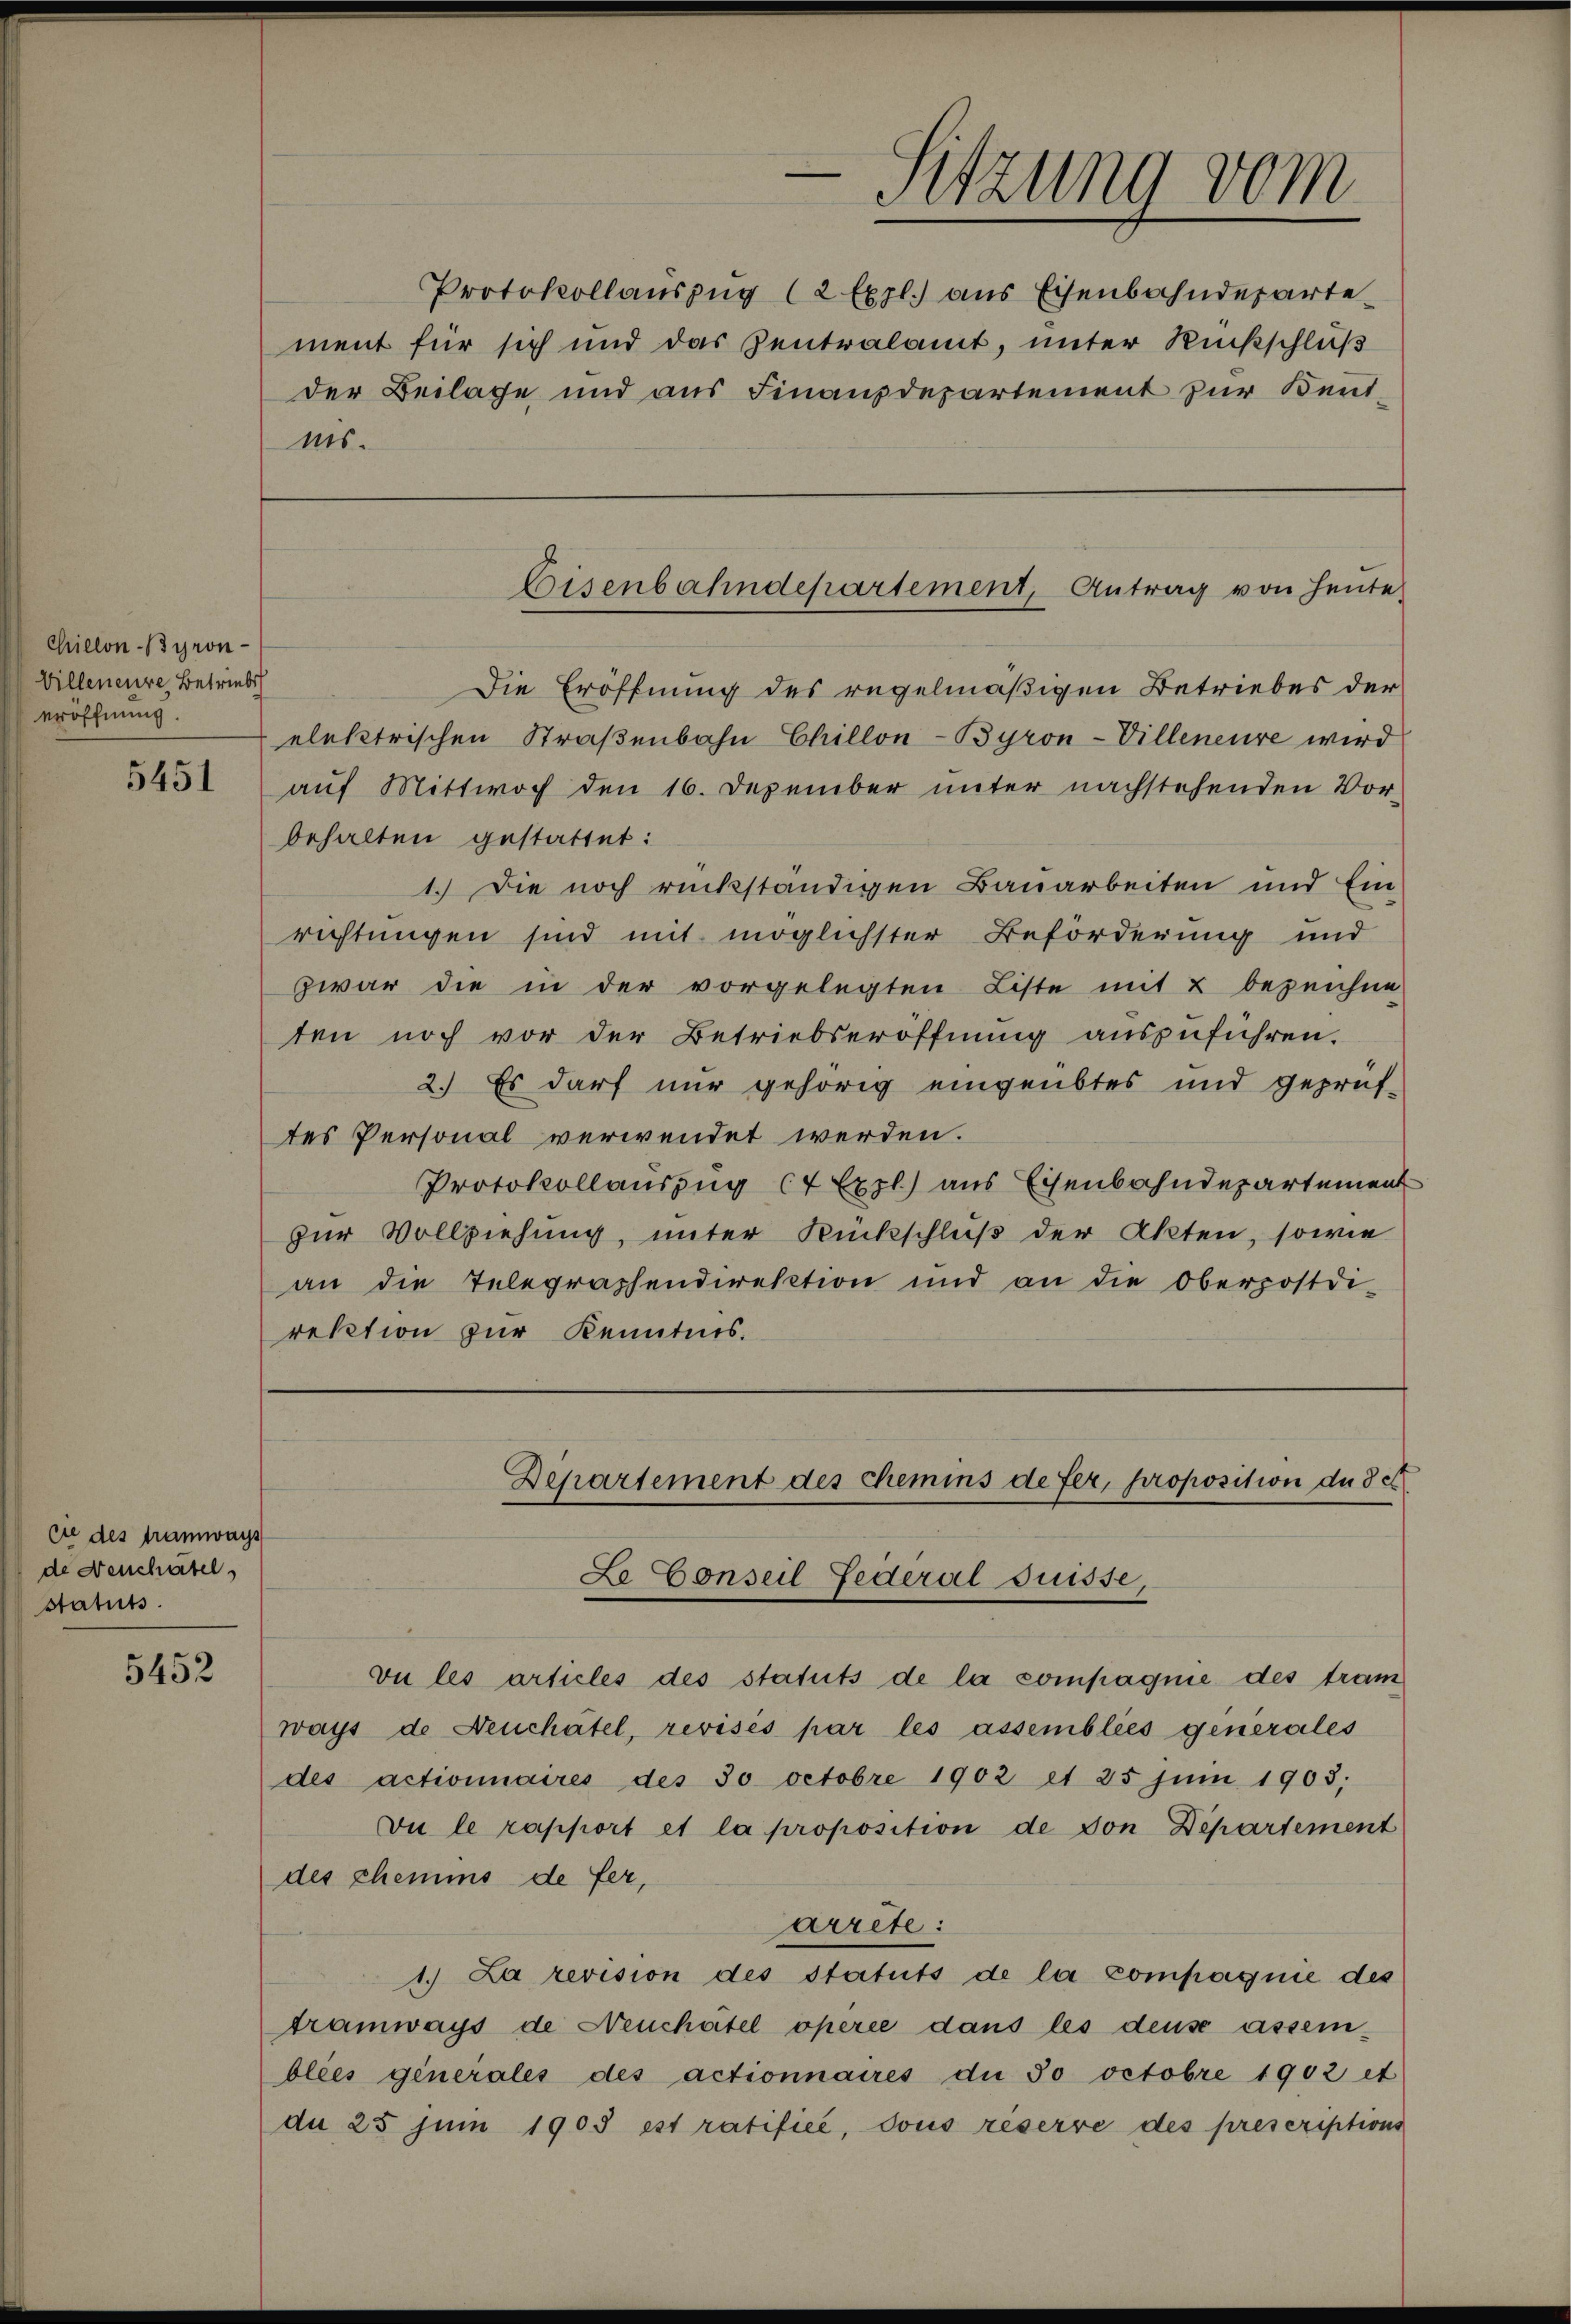
Chillon Byron-
Villeneure Betriebsch
eröffnung.

5451

sie des Tramways
de Neuchatel
statuts.

5452

Sitzung vom

Protokollauszug (2 Expl. aus Eisenbahndepartement für sich und das Zentralamt, unter Rückschluß
der Beilage und aus Finanzdepartement zur Kenntas.

Die Eröffnung des regelmäßigen Betriebes der
elektrischen Straßenbahn Chillon-Byron-Villeneure wird
auf Mittwoch den 16. Dezember unter nachstehenden Vor-
behalten gestattet:
1.) Die noch rückständigen Bauarbeiten und Einrichtungen sind mit möglichster Beförderung und
zwar die in der vorgelegten Liste mit 2 bezeichne
ten noch vor der Betriebseröffnung auszuführen.
2.) Es darf nur gehörig eingeübtes und geprüf-
tes Personal verwendet werden.
Protokollauszug (7 Expl) aus Eisenbahndepartement
zur Vollziehung, unter Rückschluß der Akten, sowie
an die Telegraphendirektion und an die Oberpostdi-
rektion zur Kenntnis.

Eisenbahndepartement, Antrag von Heute

Departement des Chemins defer, proposition du det
Le Conseil Federal Suisse,

vu les articles des statuts de la compagnie des tram
ways de Neuchâtel, revisés par les assemblies generales
des actionnaires des 30 Octobre 1902 et 25 Juni 1903.
Du le rapport et la proposition de von Departement
des chemins de fer,
arrête:
1. La revision des statuts de la compagnie des
tramways de Neuchatel operce dans les deuse assen-
blies generales des actionnaires die 30 Octobre 1902 et
de 25 Juni 1905 est ratifice, dous reserre des prescriptions